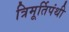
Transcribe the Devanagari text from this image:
त्रिमूर्तिपंथी